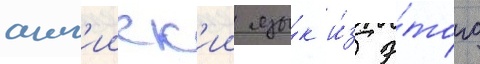
англ'ииск'ии язы́к и́з э́того